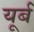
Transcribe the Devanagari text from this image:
यूर्बँ